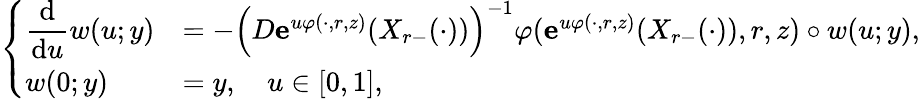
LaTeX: \begin{array}{r}{\left\{ \begin{array}{ll}{\displaystyle\frac{\mathrm{d}}{\mathrm{d}u}w(u;y)}&{=-\Big(D\mathbf{e}^{u\varphi(\cdot,r,z)}(X_{r-}(\cdot))\Big)^{-1}\varphi(\mathbf{e}^{u\varphi(\cdot,r,z)}(X_{r-}(\cdot)),r,z)\circ w(u;y),}\\ {w(0;y)}&{=y,\quad u\in[0,1],}\end{array}\right.}\end{array}